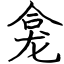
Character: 龛